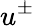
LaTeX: u^{\pm}